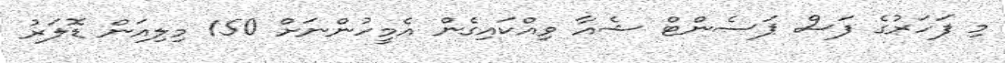
މި ފަހަރުގެ ފަސް ޕަސެންޓް ޝެއާ ވިއްކައިގެން އެމީހުންނަށް 150 މިލިއަން ޑޮލަރު